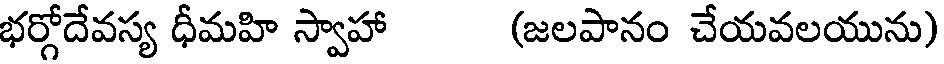
భర్గోదేవస్య ధీమహి స్వాహా (జలపానం చేయవలయును)